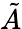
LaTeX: \tilde{A}